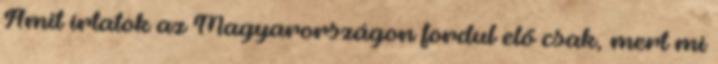
Amit írtatok az Magyarországon fordul elő csak, mert mi